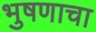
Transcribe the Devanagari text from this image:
भुषणाचा